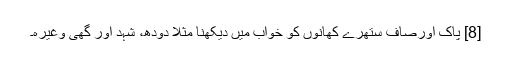
[8] پاک اورصاف ستھرے کھانوں کو خواب میں دیکھنا مثلاً دودھ، شہد اور گھی وغیرہ۔